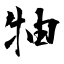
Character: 牰